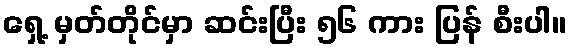
ရှေ့ မှတ်တိုင်မှာ ဆင်းပြီး ၅၆ ကား ပြန် စီးပါ။